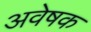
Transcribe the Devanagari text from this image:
अवेषक